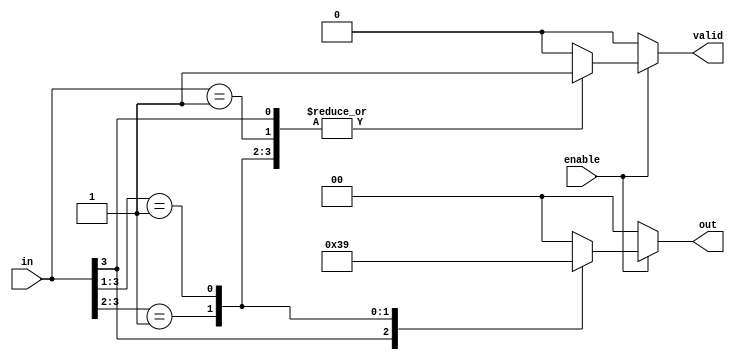
module multilevel_encoder (
    input wire [3:0] in,            // 4 input lines
    input wire enable,               // Enable signal
    output reg [1:0] out,           // 2 output lines
    output reg valid                // Output valid signal
);

always @(*) begin
    if (!enable) begin
        // When not enabled, set outputs to a known state
        out = 2'b00;
        valid = 1'b0;               // Invalid state
    end else begin
        // Default output
        out = 2'b00;
        valid = 1'b1;               // Valid state

        // Priority encoding logic
        casez (in)
            4'b1??? : out = 2'b11;   // Input 3 is highest
            4'b01?? : out = 2'b10;   // Input 2 is highest
            4'b001? : out = 2'b01;   // Input 1 is highest
            4'b0001 : out = 2'b00;   // Input 0 is highest
            default : begin
                out = 2'b00;          // No valid input
                valid = 1'b0;        // Invalid state
            end
        endcase
    end
end

endmodule